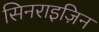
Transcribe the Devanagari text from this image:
सिनराइज़िन